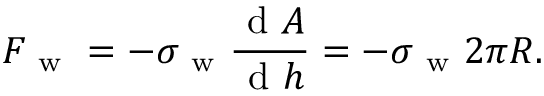
F _ { \mathrm { ~ w ~ } } = - \sigma _ { \mathrm { ~ w ~ } } \frac { \mathrm { ~ d ~ } A } { \mathrm { ~ d ~ } h } = - \sigma _ { \mathrm { ~ w ~ } } 2 \pi R .